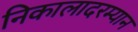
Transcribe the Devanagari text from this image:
निकालादरम्यान